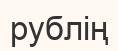
рублің